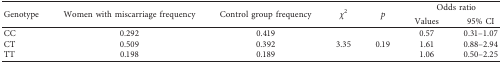
<table><thead><tr><td rowspan="2"><b>Genotype</b></td><td rowspan="2"><b>Women with miscarriage frequency</b></td><td rowspan="2"><b>Control group frequency</b></td><td rowspan="2"><b><i>χ</i><sup>2</sup></b></td><td rowspan="2"><b><i>p</i></b></td><td colspan="2"><b>Odds ratio</b></td></tr><tr><td><b>Values</b></td><td><b>95% CI</b></td></tr></thead><tbody><tr><td>CC</td><td>0.292</td><td>0.419</td><td rowspan="3">3.35</td><td rowspan="3">0.19</td><td>0.57</td><td>0.31–1.07</td></tr><tr><td>CT</td><td>0.509</td><td>0.392</td><td>1.61</td><td>0.88–2.94</td></tr><tr><td>TT</td><td>0.198</td><td>0.189</td><td>1.06</td><td>0.50–2.25</td></tr></tbody></table>